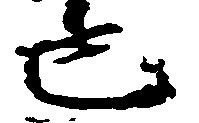
也